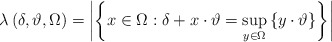
\begin{align*}\lambda\left( \delta,\vartheta,\Omega\right) =\left\vert \left\{ x\in\Omega:\delta+x\cdot\vartheta=\sup_{y\in\Omega}\left\{ y\cdot\vartheta\right\} \right\} \right\vert \end{align*}